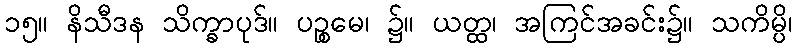
၁၅။ နိသီဒန သိက္ခာပုဒ်။ ပဉ္စမေ၊ ၌။ ယတ္ထ၊ အကြင်အခင်း၌။ သကိမ္ပိ၊